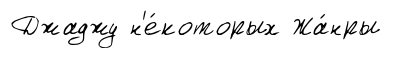
Джаджу н'е́которых Жа́нры